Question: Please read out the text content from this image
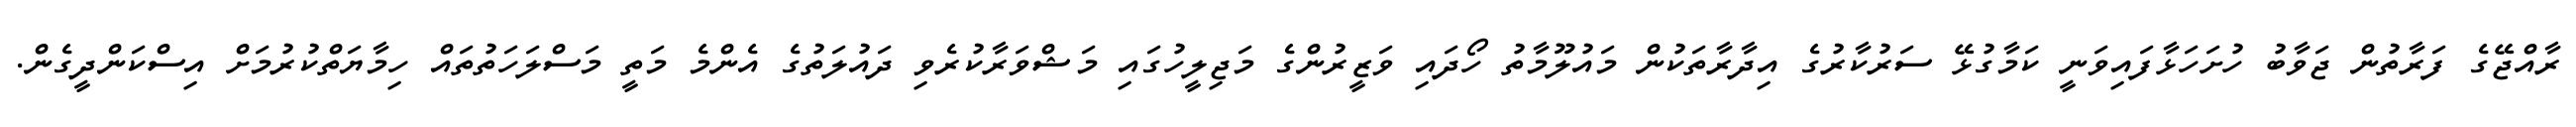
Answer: ރާއްޖޭގެ ފަރާތުން ޖަވާބު ހުށަހަޅާފައިވަނީ ކަމާގުޅޭ ސަރުކާރުގެ އިދާރާތަކުން މައުލޫމާތު ހޯދައި ވަޒީރުންގެ މަޖިލީހުގައި މަޝްވަރާކުރެވި ދައުލަތުގެ އެންމެ މަތީ މަސްލަހަތުތައް ހިމާޔަތްކުރުމަށް އިސްކަންދީގެން.